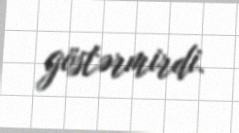
göstərmirdi.